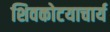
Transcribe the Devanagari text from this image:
शिवकोटयाचार्य